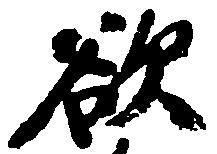
欲